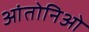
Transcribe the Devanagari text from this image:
आंतोनिओ